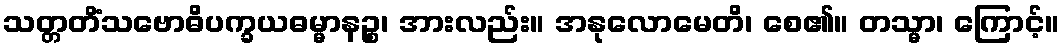
သတ္တတိံသဗောဓိပက္ခယဓမ္မာနဉ္စ၊ အားလည်း။ အနုလောမေတိ၊ စေ၏။ တသ္မာ၊ ကြောင့်။